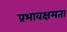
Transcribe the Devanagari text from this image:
प्रभावक्षमता